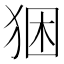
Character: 𤞧